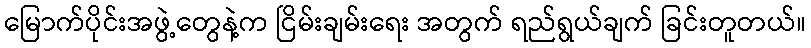
မြောက်ပိုင်းအဖွဲ့တွေနဲ့က ငြိမ်းချမ်းရေး အတွက် ရည်ရွယ်ချက် ခြင်းတူတယ်။